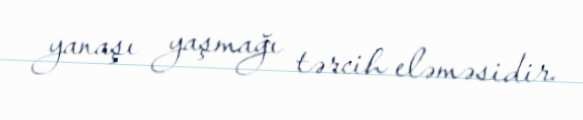
yanaşı yaşmağı tərcih eləməsidir.